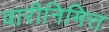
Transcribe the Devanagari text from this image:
वारीनिमित्त